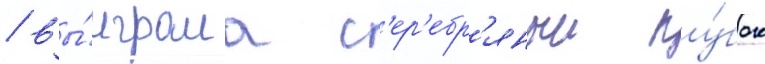
/ вы́играла с'ер'ебр'яныи ку́бок